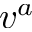
v ^ { a }